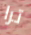
ترا